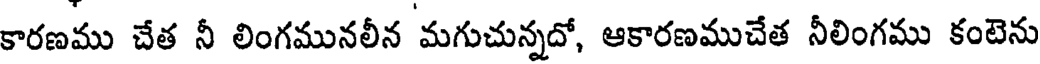
కారణము చేత నీ లింగమునలీన మగుచున్నదో, ఆకారణముచేత నీలింగము కంటెను